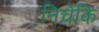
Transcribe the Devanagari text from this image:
निचेकि